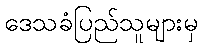
ဒေသခံပြည်သူများမှ